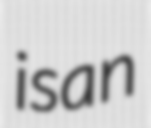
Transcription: is an